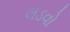
લડવો